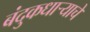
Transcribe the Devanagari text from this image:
बंदुकधाऱ्याचे